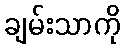
ချမ်းသာကို